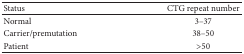
| Status | CTG repeat number |
 | --- | --- |
 | Normal | 3–37 |
 | Carrier/premutation | 38–50 |
 | Patient | >50 |